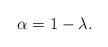
LaTeX: \begin{align*} \alpha=1-\lambda.\end{align*}